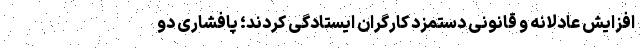
افزایش عادلانه و قانونی دستمزد کارگران ایستادگی کردند؛ پافشاری دو